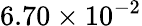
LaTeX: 6.70\times 10^{-2}